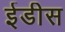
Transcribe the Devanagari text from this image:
ईडीस